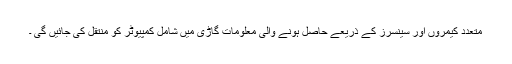
متعدد کیمروں اور سینسرز کے ذریعے حاصل ہونے والی معلومات گاڑی میں شامل کمپیوٹر کو منتقل کی جائیں گی ۔